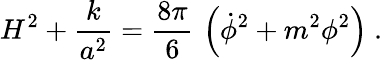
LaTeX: H^{2}+{\frac{k}{a^{2}}}={\frac{8\pi}{6}}\, \left(\dot{\phi}^{2}+m^{2}\phi^{2}\right)\ .